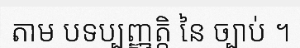
តាម បទប្បញ្ញត្តិ នៃ ច្បាប់ ។